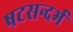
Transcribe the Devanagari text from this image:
षटसन्दर्भ